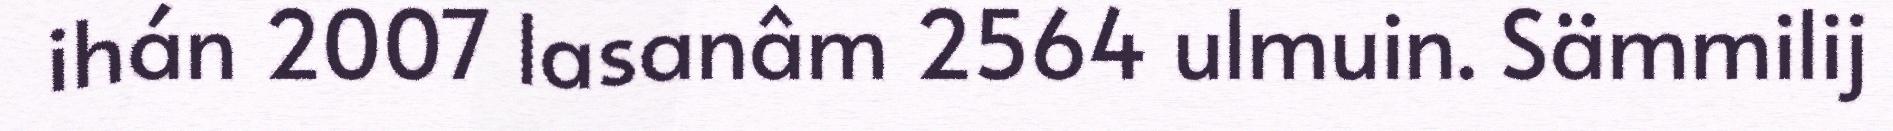
ihán 2007 lasanâm 2564 ulmuin. Sämmilij